Civil Veterinary Department. Madras. Admin. report 1926-33 - 1926-1933
Year: 1926
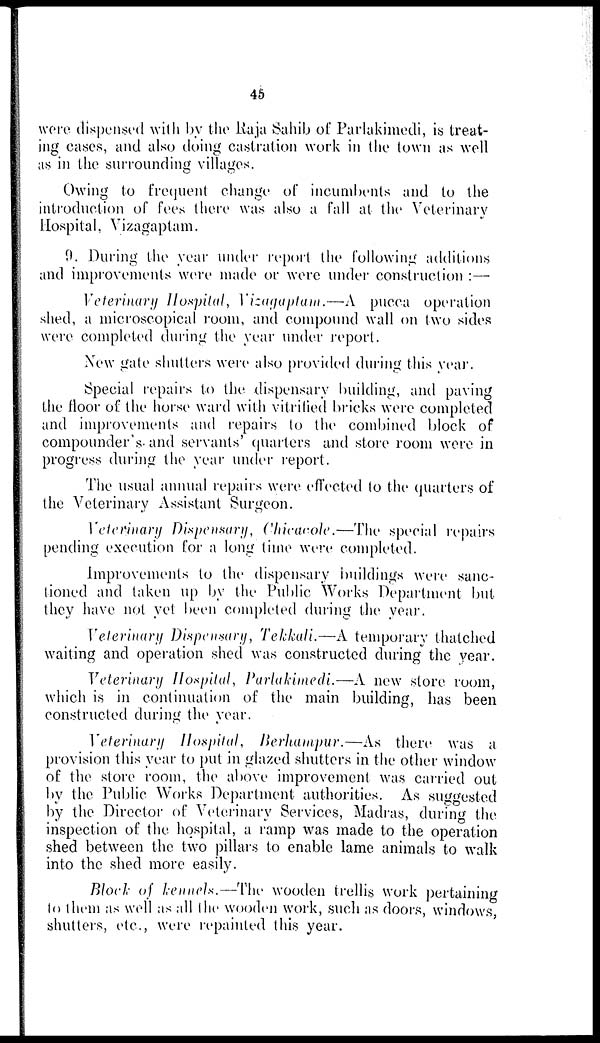
45
were dispensed with by the Raja Sahib of Parlakimedi, is treat-
ing cases, and also doing castration work in the town as well
as in the surrounding villages.
Owing to frequent change of incumbents and to the
introduction of fees there was also a fall at the Veterinary
Hospital, Vizagaptam.
9. During the year under report the following additions
and improvements were made or were under construction :—
Veterinary Hospital, Vizagaptam.—A pucca operation
shed, a microscopical room, and compound wall on two sides
were completed during the year under report.
New gate shutters were also provided during this year.
Special repairs to the dispensary building, and paving
the floor of the horse ward with vitrified bricks were completed
and improvements and repairs to the combined block of
compounder's and servants' quarters and store room were in
progress during the year under report.
The usual annual repairs were effected to the quarters of
the Veterinary Assistant Surgeon.
Veterinary Dispensary, Chicacole.—The special repairs
pending execution for a long time were completed.
Improvements to the dispensary buildings were sanc-
tioned and taken up by the Public Works Department but
they have not yet been completed during the year.
Veterinary Dispensary, Tekkali.—A temporary thatched
waiting and operation shed was constructed during the year.
Veterinary Hospital, Parlakimedi.—A new store room,
which is in continuation of the main building, has been
constructed during the year.
Veterinary Hospital, Berhampur.—As there was a
provision this year to put in glazed shutters in the other window
of the store room, the above improvement was carried out
by the Public Works Department authorities. As suggested
by the Director of Veterinary Services, Madras, during the
inspection of the hospital, a ramp was made to the operation
shed between the two pillars to enable lame animals to walk
into the shed more easily.
Block of kennels.—The wooden trellis work pertaining
to them as well as all the wooden work, such as doors, windows,
shutters, etc., were repainted this year.